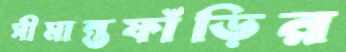
সীমান্তফাঁড়ির